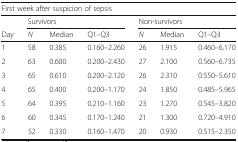
| <COLSPAN=7> First week after suspicion of sepsis |
 |  | <COLSPAN=3> Survivors | <COLSPAN=3> Non-survivors |
 | Day | N | Median | Q1–Q3 | N | Median | Q1–Q3 |
 | --- | --- | --- | --- | --- | --- | --- |
 | 1 | 58 | 0.385 | 0.160–2.260 | 26 | 1.915 | 0.460–6.170 |
 | 2 | 63 | 0.600 | 0.200–2.430 | 27 | 2.100 | 0.560–6.735 |
 | 3 | 65 | 0.610 | 0.200–2.120 | 26 | 2.310 | 0.550–5.610 |
 | 4 | 65 | 0.400 | 0.200–1.170 | 24 | 1.850 | 0.485–5.965 |
 | 5 | 64 | 0.395 | 0.210–1.160 | 23 | 1.270 | 0.545–3.820 |
 | 6 | 60 | 0.345 | 0.170–1.240 | 21 | 1.300 | 0.720–4.910 |
 | 7 | 52 | 0.330 | 0.160–1.470 | 20 | 0.930 | 0.515–2.350 |